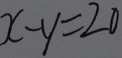
x - y = 2 0